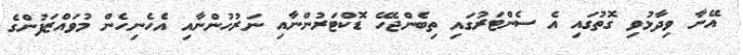
އޭނާ ވިދާޅުވި ގޮތުގައި އެ ސެންޓަރުގައި ތިބެންޖެހޭ ޑޮކްޓަރުންނާއި ނަރުހުންނާއި އެހެނިހެން މުވައްޒަފުންގެ